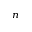
_ n